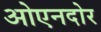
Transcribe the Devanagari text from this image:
ओएनदोर